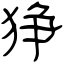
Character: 狰